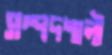
সম্পদশালী